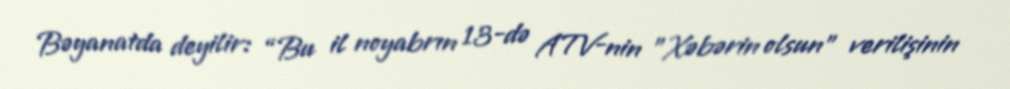
Bəyanatda deyilir: “Bu il noyabrın 13-də ATV-nin "Xəbərin olsun" verilişinin